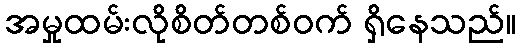
အမှုထမ်းလိုစိတ်တစ်ဝက် ရှိနေသည်။